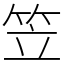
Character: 笠